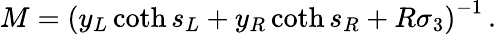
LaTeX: M=\left(y_{L}\coth s_{L}+y_{R}\coth s_{R}+R\sigma_{3}\right)^{-1}\, .